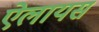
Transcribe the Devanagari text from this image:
ऐलायस